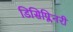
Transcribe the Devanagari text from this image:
डिसिप्लिनरी